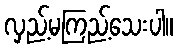
လှည့်မကြည့်သေးပါ။